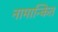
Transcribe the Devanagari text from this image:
नामान्कित